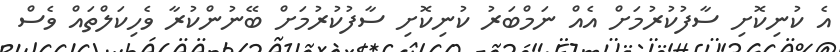
އެ ކުނިކޮށި ސާފުކުރުމަށް އެއް ނަމްބަރު ކުނިކޮށި ސާފުކުރުމަށް ބޭނުންކުރާ ވެހިކަލްތައް ވެސް